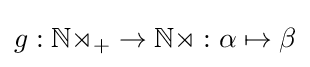
{\textstyle g:\mathbb {No} _{+}\to \mathbb {No} :\alpha \mapsto \beta }